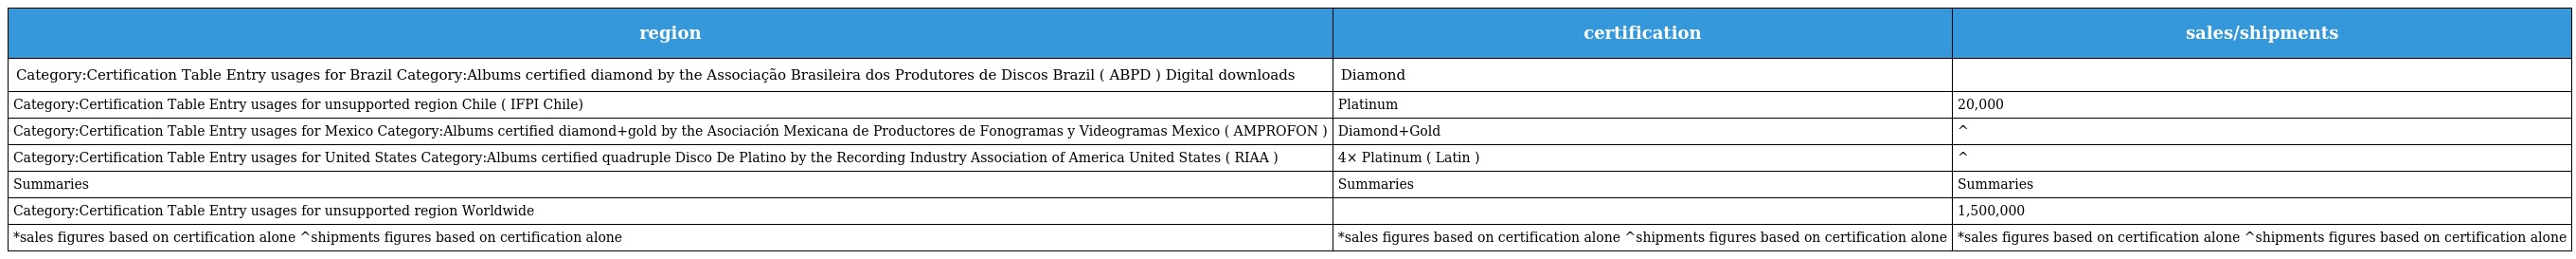
| region | certification | sales/shipments |
 | --- | --- | --- |
 | Category:Certification Table Entry usages for Brazil Category:Albums certified diamond by the Associação Brasileira dos Produtores de Discos Brazil ( ABPD ) Digital downloads | Diamond |  |
 | Category:Certification Table Entry usages for unsupported region Chile ( IFPI Chile) | Platinum | 20,000 |
 | Category:Certification Table Entry usages for Mexico Category:Albums certified diamond+gold by the Asociación Mexicana de Productores de Fonogramas y Videogramas Mexico ( AMPROFON ) | Diamond+Gold | ^ |
 | Category:Certification Table Entry usages for United States Category:Albums certified quadruple Disco De Platino by the Recording Industry Association of America United States ( RIAA ) | 4× Platinum ( Latin ) | ^ |
 | Summaries | Summaries | Summaries |
 | Category:Certification Table Entry usages for unsupported region Worldwide |  | 1,500,000 |
 | *sales figures based on certification alone ^shipments figures based on certification alone | *sales figures based on certification alone ^shipments figures based on certification alone | *sales figures based on certification alone ^shipments figures based on certification alone |